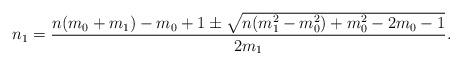
LaTeX: \begin{align*} n_1 = \frac{n(m_0+m_1)-m_0+1\pm\sqrt{n(m_1^2-m_0^2)+m_0^2-2m_0-1}}{2m_1}. \end{align*}